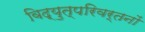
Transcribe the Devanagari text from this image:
विद्युत्परिवर्तनों